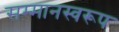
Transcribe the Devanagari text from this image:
सम्‍मानस्‍वरूप